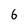
Character: 6